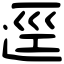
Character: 逕